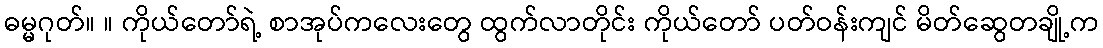
ဓမ္မဂုတ်။ ။ ကိုယ်တော်ရဲ့ စာအုပ်ကလေးတွေ ထွက်လာတိုင်း ကိုယ်တော် ပတ်ဝန်းကျင် မိတ်ဆွေတချို့က